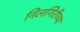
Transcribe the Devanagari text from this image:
निलगिरीच्या